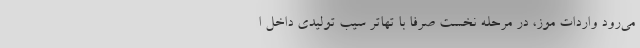
می‌رود واردات موز، در مرحله نخست صرفاً با تهاتر سیب تولیدی داخل ا